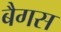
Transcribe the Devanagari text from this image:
बैगस